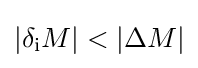
|\delta _{\mathrm {i} }M|<|\Delta M|